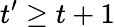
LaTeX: t^{\prime}\geq t+1